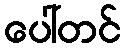
ပေါ်တင်